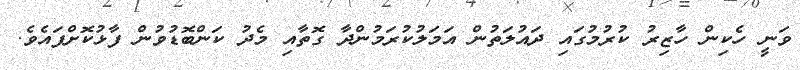
ވަނީ ހެކިން ހާޒިރު ކުރުމުގައި ދައުލަތުން އަމަލުކުރަމުންދާ ގޮތާއި މެދު ކަންބޮޑުވުން ފާޅުކޮށްފައެވެ.